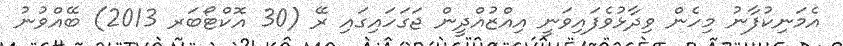
އެމަނިކުފާނު މިހެން ވިދާޅުވެފައިވަނީ އިއްޒުއްދީން ޖަގަހައިގައި ރޭ (30 އޮކްޓޯބަރ 2013) ބޭއްވުނު